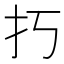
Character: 𢩨